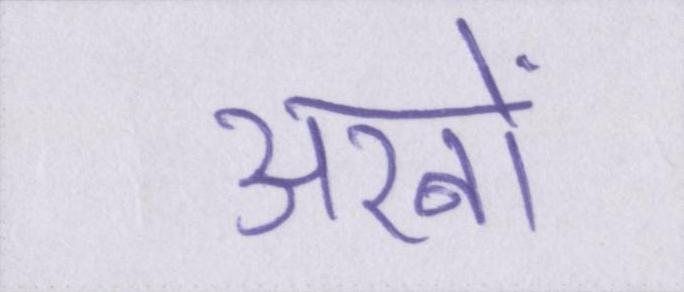
अरबों